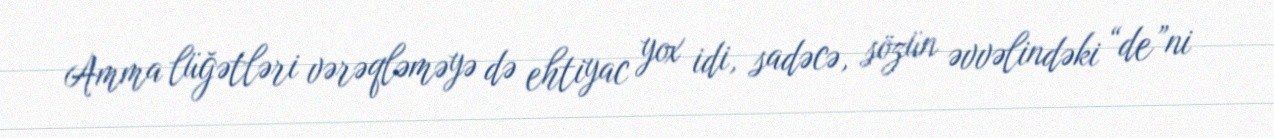
Amma lüğətləri vərəqləməyə də ehtiyac yox idi, sadəcə, sözün əvvəlindəki “de”ni